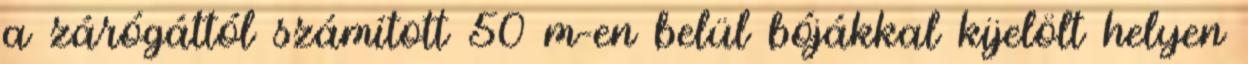
a zárógáttól számított 50 m-en belül bójákkal kijelölt helyen